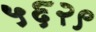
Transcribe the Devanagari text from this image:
५६२९